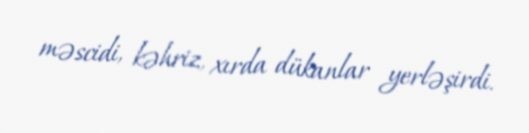
məscidi, kəhriz, xırda dükanlar yerləşirdi.